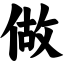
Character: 做